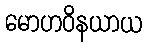
မောဟဝိနယာယ